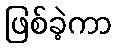
ဖြစ်ခဲ့ကာ